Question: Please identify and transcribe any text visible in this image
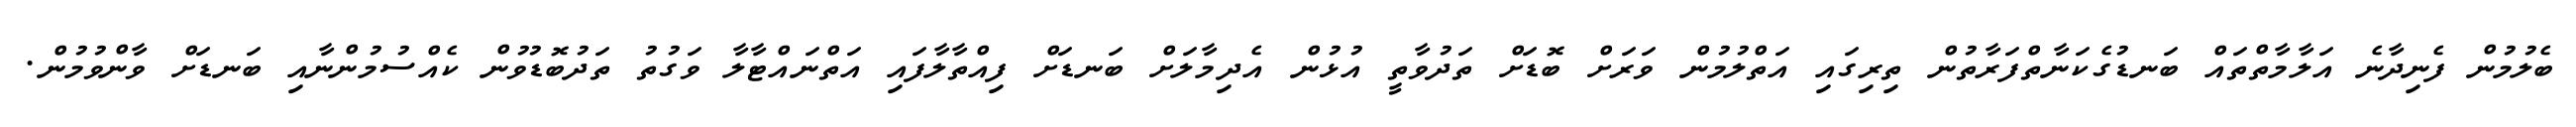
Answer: ބެލުމުން ފެނިދާނެ އަލާމާތްތައް ބަނޑުގެކަނާތްފަރާތުން ތިރިގައި އަތްލުމުން ވަރަށް ބޮޑަށް ތަދުވާތީ އުޅުން އެދިމާލަށް ބަނޑަށް ފިއްތާލާފައި އަތްނައްޓާލާ ވަގުތު ތަދުބޮޑުވުން ކެއްސުމުންނާއި ބަނޑަށް ވާންވުމުން.